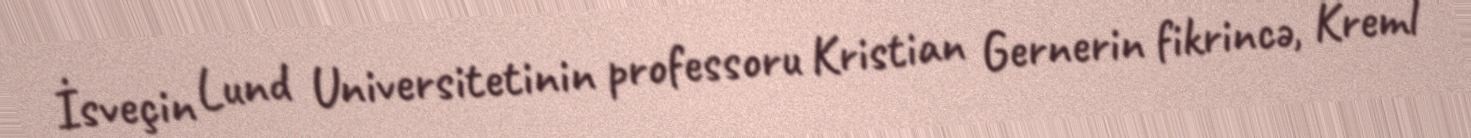
İsveçin Lund Universitetinin professoru Kristian Gernerin fikrincə, Kreml